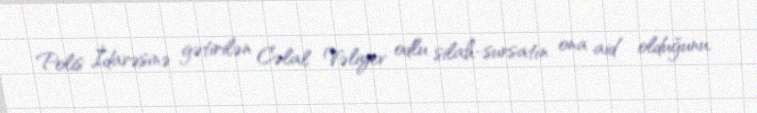
Polis İdarəsinə gətirilən Cəlal Vəliyev odlu silah-sursatın ona aid olduğunu,